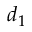
d _ { 1 }